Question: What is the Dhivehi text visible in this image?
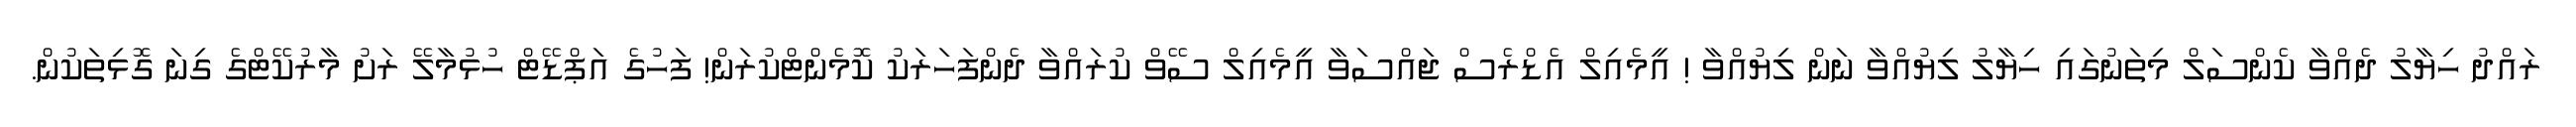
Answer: ރައްދު ހިޔާލު ދެއްވާ ކެންސަލް މިތަނުގައި ހިޔާލު ލިޔުއްވާ ނަން ލިޔުއްވާ ! އީމެއިލް އެޑްރެސް ޖައްސަވާ އީމެއިލް ސޭވް ކުރައްވާ ދެންފަހަރަކު ކޮމެންޓްކުރަން! ފަހުގެ އަޕްޑޭޓް ހުޅުމާލޭ ރަށު މާރުކޭޓްގެ ގިނަ ގޮޅިތަކުން.